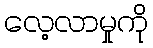
လေ့လာမှုကို